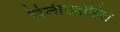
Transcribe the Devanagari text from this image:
दिलीख्वाहिश